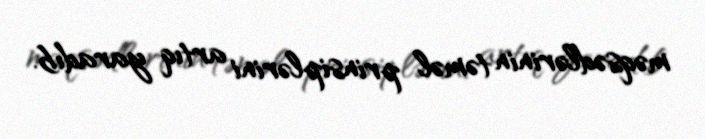
məqsədlərinin təməl prinsiplərini artıq yaradıb.